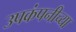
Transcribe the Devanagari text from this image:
उपकंपनीच्या